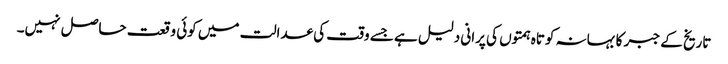
تاریخ کے جبر کا بہانہ کوتاہ ہمتوں کی پرانی دلیل ہے جسے وقت کی عدالت میں کوئی وقعت حاصل نہیں۔